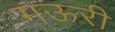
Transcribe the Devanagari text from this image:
गऊरी